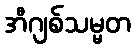
အီဂျစ်သမ္မတ